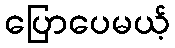
ပြောပေမယ့်